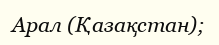
Арал (Қазақстан);